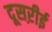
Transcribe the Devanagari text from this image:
दूसऱीई